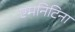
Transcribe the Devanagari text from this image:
एमनिटिना